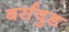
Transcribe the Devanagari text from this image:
बर्सवुड